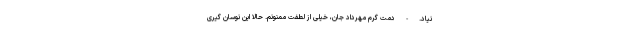
نیاد. - دمت گرم مهرداد جان، خیلی از لطفت ممنونم. حالا این نوسان گیری